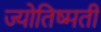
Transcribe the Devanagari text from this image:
ज्योतिष्मती